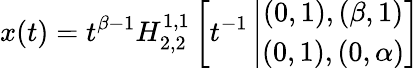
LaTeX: x(t)=t^{\beta-1}H_{2,2}^{1,1}\left[t^{-1}\left|\begin{array}{c}{(0,1),(\beta,1)}\\ {(0,1),(0,\alpha)}\end{array}\right.\right]